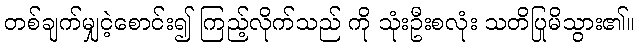
တစ်ချက်မျှငဲ့စောင်း၍ ကြည့်လိုက်သည် ကို သုံးဦးစလုံး သတိပြုမိသွား၏။